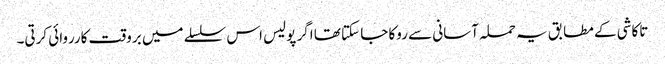
تاکاشی کے مطابق یہ حملہ آسانی سے روکا جا سکتا تھا اگر پولیس اس سلسلے میں بروقت کارروائی کرتی۔